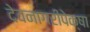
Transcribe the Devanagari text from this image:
देवनागरीपेक्षा